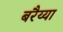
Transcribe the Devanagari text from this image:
बरैय्या